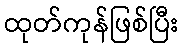
ထုတ်ကုန်ဖြစ်ပြီး